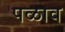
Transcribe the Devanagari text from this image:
पळाव